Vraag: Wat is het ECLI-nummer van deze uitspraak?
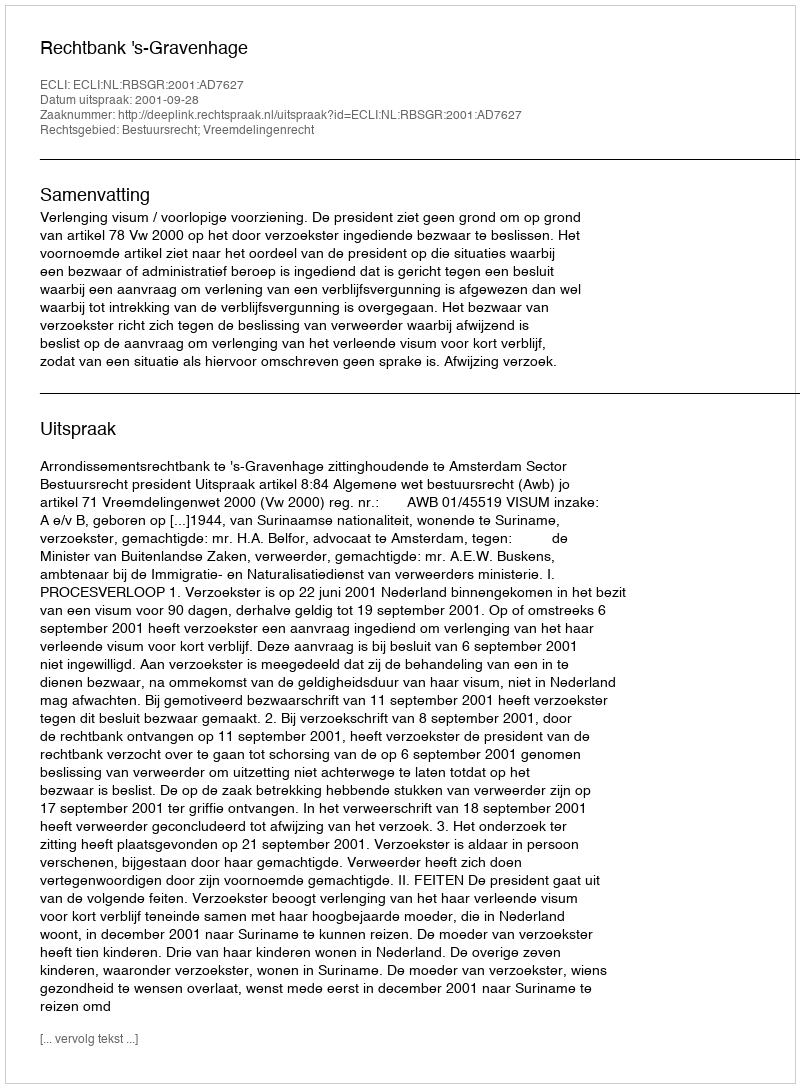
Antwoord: ECLI:NL:RBSGR:2001:AD7627